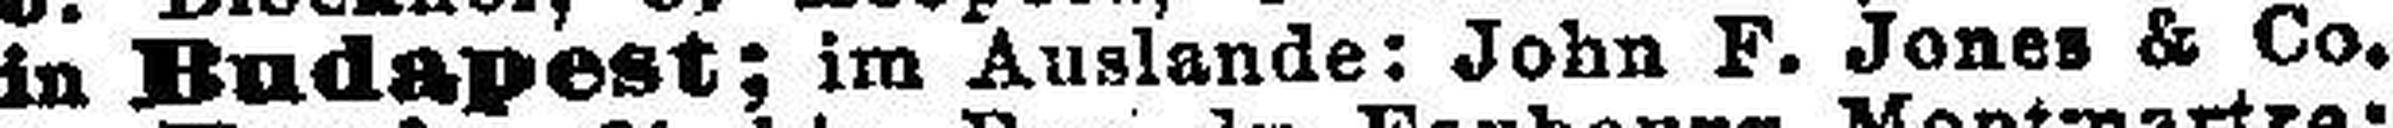
in Budapest; im Auslande: John F. Jones & Co.